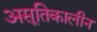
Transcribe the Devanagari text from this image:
असूतिकालीन